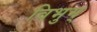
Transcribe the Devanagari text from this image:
विभुम्‌